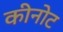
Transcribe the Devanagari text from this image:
कीनोट